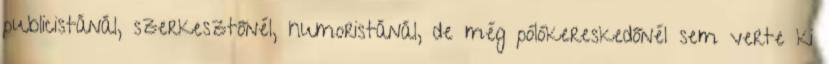
publicistánál, szerkesztőnél, humoristánál, de még pólókereskedőnél sem verte ki